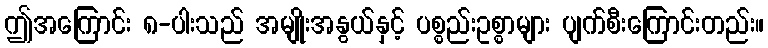
ဤအကြောင်း ၈-ပါးသည် အမျိုးအနွယ်နှင့် ပစ္စည်းဥစ္စာများ ပျက်စီးကြောင်းတည်း။